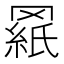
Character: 𰭓